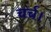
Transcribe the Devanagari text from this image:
चर्च।